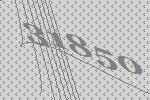
31850